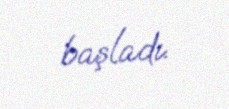
başladı.